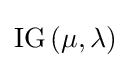
\operatorname {IG} \left(\mu ,\lambda \right)